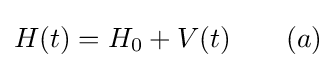
H(t)=H_{0}+V(t)\quad \quad (a)